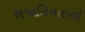
સજાતિયતાનો